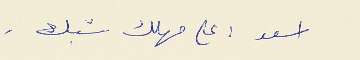
اسعد : على مهلك شبك .